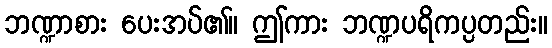
ဘဏ္ဍာစား ပေးအပ်၏။ ဤကား ဘဏ္ဍပရိကပ္ပတည်း။